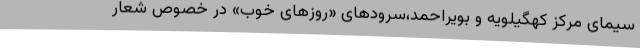
سیمای مرکز کهگیلویه و بویراحمد،سرودهای «روزهای خوب» در خصوص شعار